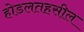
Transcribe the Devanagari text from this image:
होडलतहसील